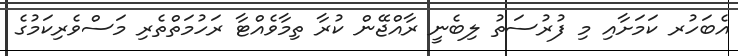
އެބަހުރ ކަމަށާއި މި ފުރުސަތު ލިބެނީ ރާއްޖޭން ކުރާ ތިމާވެއްޓާ ރަހުމަތްތެރި މަސްވެރިކަމުގެ